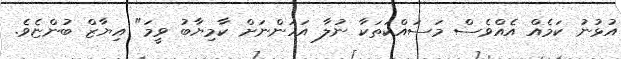
އުޅުނު ކަމެއް އެއްވެސް މަސައްކަތަކާ ނުލާ އަހަންނަށް ކާމިޔާބު ވީމަ" އިޔާޒް ބުންޏެވެ.